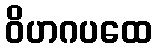
ဝိဟဂပထေ